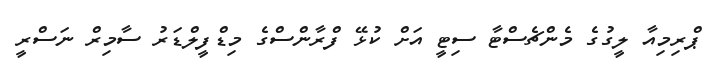
ޕްރިމިއާ ލީގުގެ މެންޗެސްޓާ ސިޓީ އަށް ކުޅޭ ފްރާންސްގެ މިޑްފީލްޑަރު ސާމިރް ނަސްރީ